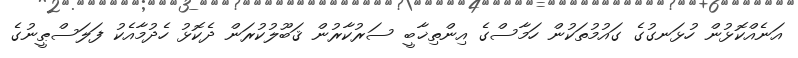
އަނެއްކޮޅުން ހުޅަނގުގެ ގައުމުތަކުން ހަމާސްގެ އިންތިޚާބީ ސަރުކާރުން ޤަބޫލުކުރަން ދެކޮޅު ހެދުމާއެކު ފަލަސްޠީނުގެ